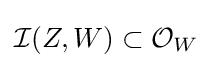
{\mathcal {I}}(Z,W)\subset {\mathcal {O}}_{W}